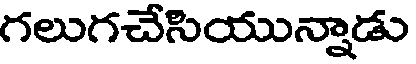
గలుగచేసియున్నాడు